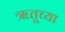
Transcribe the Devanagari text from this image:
ॠतूच्या